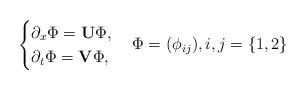
LaTeX: \begin{align*}\begin{cases}\partial_x \Phi = {\mathbf{U}} \Phi ,\\\partial_t {\Phi} = {\mathbf{V}} {\Phi} , \end{cases} \Phi = (\phi_{ij}), i,j = \{ 1,2 \}\end{align*}